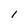
Character: 1